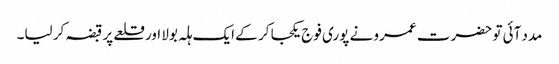
مدد آئی تو حضرت عمرو نے پوری فوج یکجا کر کے ایک ہلہ بولا اور قلعے پر قبضہ کر لیا۔